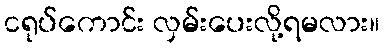
ငရုပ်ကောင်း လှမ်းပေးလို့ရမလား။